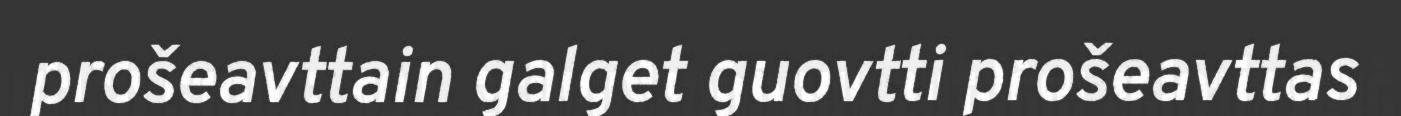
prošeavttain galget guovtti prošeavttas